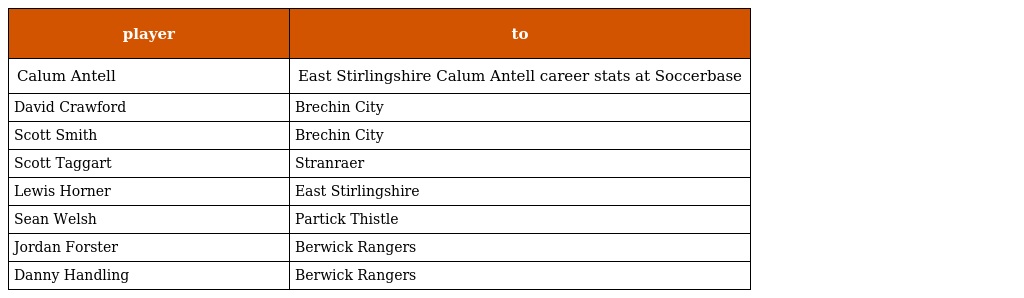
| player | to |
 | --- | --- |
 | Calum Antell | East Stirlingshire Calum Antell career stats at Soccerbase |
 | David Crawford | Brechin City |
 | Scott Smith | Brechin City |
 | Scott Taggart | Stranraer |
 | Lewis Horner | East Stirlingshire |
 | Sean Welsh | Partick Thistle |
 | Jordan Forster | Berwick Rangers |
 | Danny Handling | Berwick Rangers |